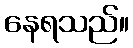
နေရသည်။